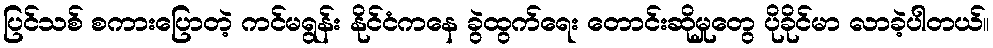
ပြင်သစ် စကားပြောတဲ့ ကင်မရွန်း နိုင်ငံကနေ ခွဲထွက်ရေး တောင်းဆိုမှုတွေ ပိုခိုင်မာ လာခဲ့ပါတယ်။